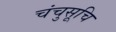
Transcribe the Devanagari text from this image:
चंचुसूचि